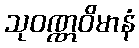
သုဝဏ္ဏဝိမာနံ